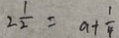
2 \frac { 1 } { 2 } = a + \frac { 1 } { 4 }